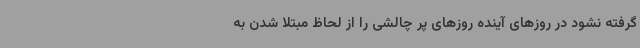
گرفته نشود در روزهای آینده روزهای پر چالشی را از لحاظ مبتلا شدن به